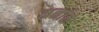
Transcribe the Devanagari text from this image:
कर्नाळ